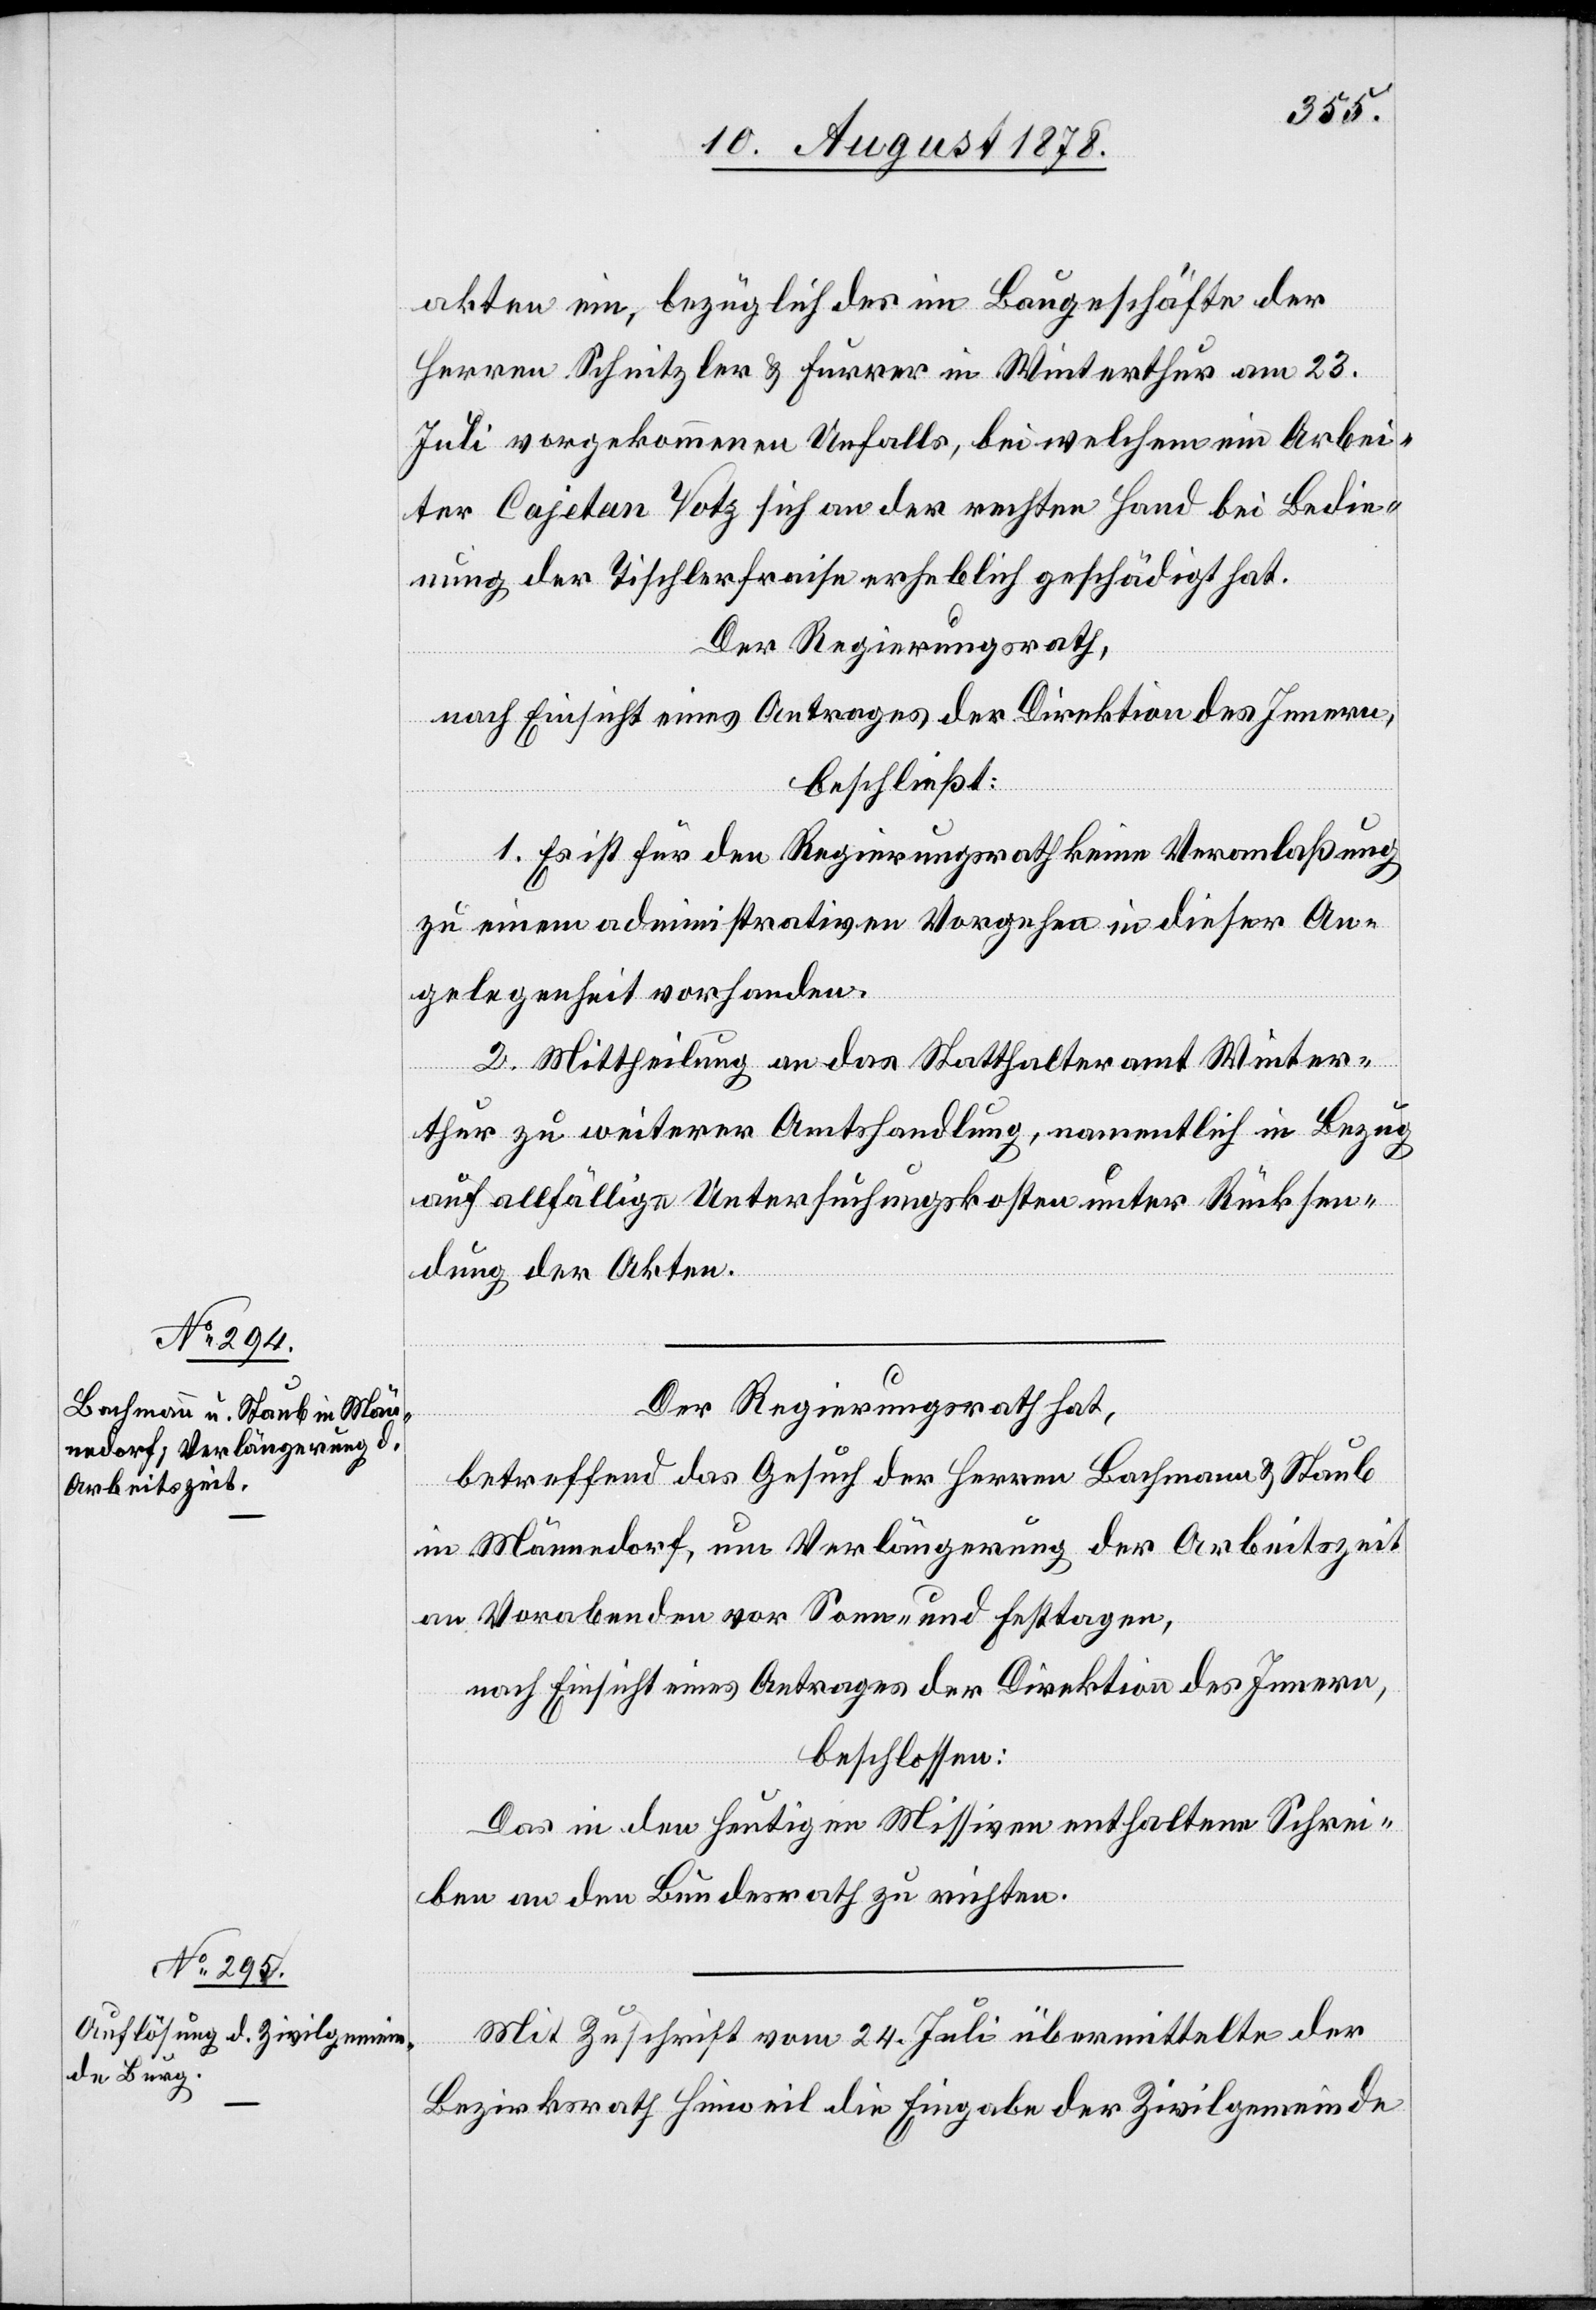
akten ein, bezüglich des im Baugeschäfte der
Herren Schnitzler & Furrer in Winterthur am 23.
Juli vorgekommenen Unfalls, bei welchem ein Arbei¬
ter Cajetan Votz sich an der rechten Hand bei Bedin¬
gung der Tischlerfraise erheblich geschädigt hat.
Der Regierungsrath,
nach Einsicht eines Antrages der Direktion des Innern,
beschließt:
1. Es ist für den Regierungsrath keine Veranlaßung
zu einem administrativen Vorgehen in dieser An¬
gelegenheit vorhanden.
2. Mittheilung an das Statthalteramt Winter¬
thur zu weiterer Amtshandlung, namentlich in Bezug
auf allfällige Untersuchungskosten unter Rücksen¬
dung der Akten.
Der Regierungsrath hat,
betreffend das Gesuch der Herren Bachmann & Staub
in Männedorf, um Verlängerung der Arbeitszeit
an Vorabenden vor Sonn- und Festtagen,
nach Einsicht eines Antrages der Direktion des Innern,
beschlossen:
Das in den heutigen Missiven enthaltene Schrei¬
ben an den Bundesrath zu richten.
Mit Zuschrift vom 24. Juli übermittelte der
Bezirksrath Hinweil die Eingabe der Zivilgemeinde